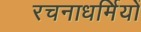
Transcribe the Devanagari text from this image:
रचनाधर्मियों